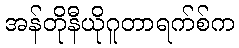
အန်တိုနီယိုဂူတာရက်စ်က